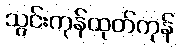
သွင်းကုန်ထုတ်ကုန်